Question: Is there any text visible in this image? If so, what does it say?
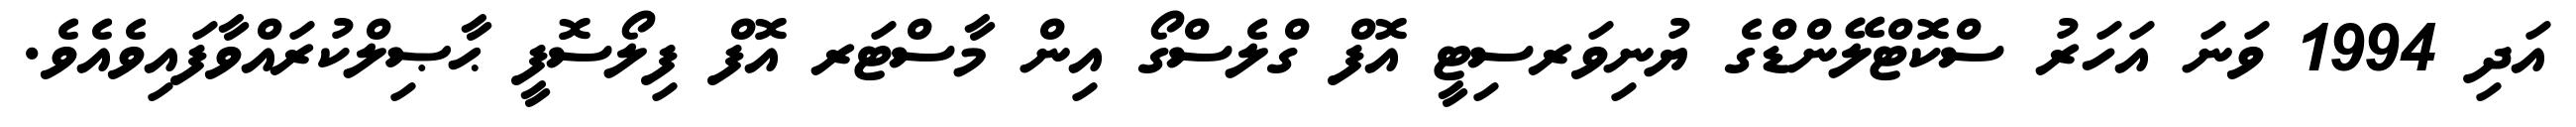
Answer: އަދި 1994 ވަނަ އަހަރު ސްކޮޓްލޭންޑްގެ ޔުނިވަރސިޓީ އޮފް ގްލެސްގޯ އިން މާސްޓަރ އޮފް ފިލޯސޮފީ ޙާޞިލްކުރައްވާފައިވެއެވެ.